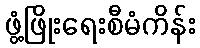
ဖွံ့ဖြိုးရေးစီမံကိန်း